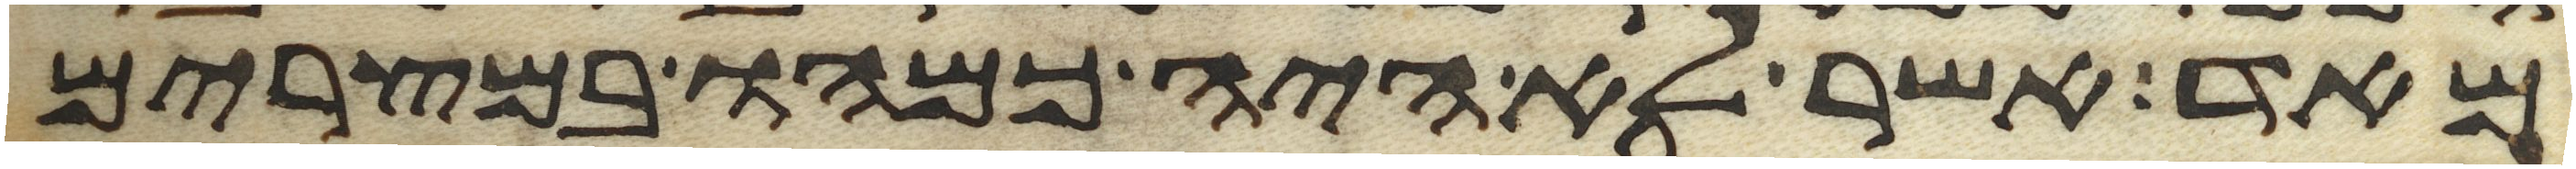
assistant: מאד אשר לא היה כמהו במצרים